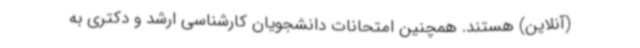
(آنلاین) هستند. همچنین امتحانات دانشجویان کارشناسی ارشد و دکتری به